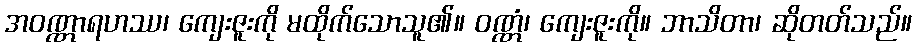
အဝဏ္ဏာရဟဿ၊ ကျေးဇူးကို မထိုက်သောသူ၏။ ဝဏ္ဏံ၊ ကျေးဇူးကို။ ဘာသိတာ၊ ဆိုတတ်သည်။